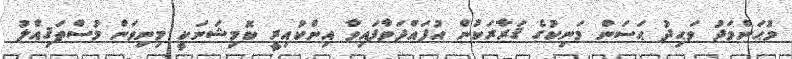
މުޙަންމަދު ވަޙިދު ޙަސަން މަނިކުގެ ޤަރާރަކުން އުފައްދަވާފައިވާ އިންކުއިރީ ކޮމިޝަނަކީ މިނިވަން މުސްތަޤިއްލު